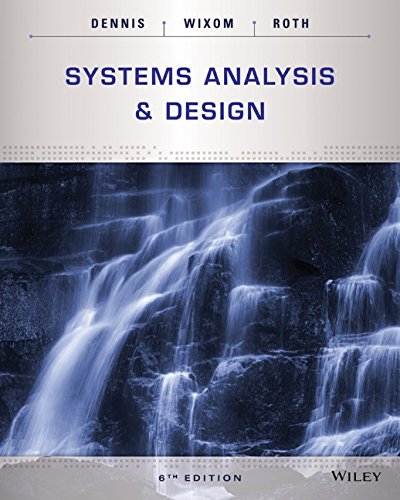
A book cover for Systems Analysis and Design; Alan Dennis; Computers & Technology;